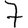
Digit: 7